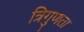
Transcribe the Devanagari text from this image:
त्रिगुणता